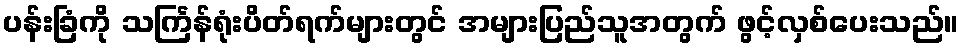
ပန်းခြံကို သင်္ကြန်ရုံးပိတ်ရက်များတွင် အများပြည်သူအတွက် ဖွင့်လှစ်ပေးသည်။